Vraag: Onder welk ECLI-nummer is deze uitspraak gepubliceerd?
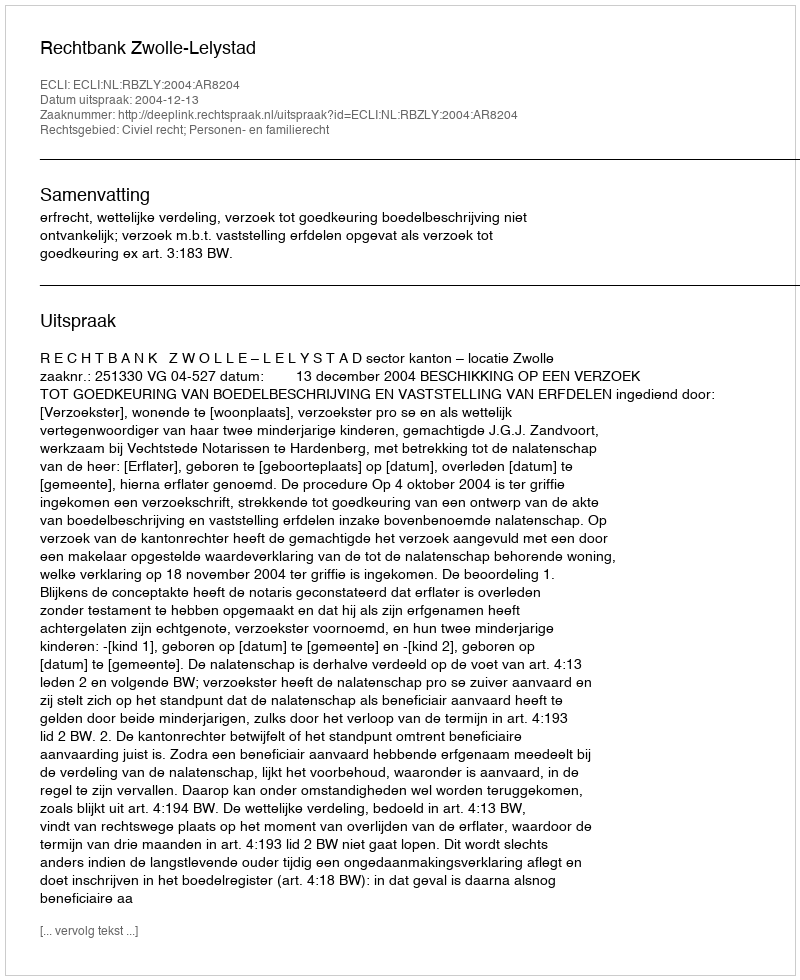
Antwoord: ECLI:NL:RBZLY:2004:AR8204